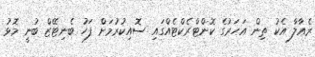
ރެއާލާ އެކު ތިން އަހަރުގެ ކޮންޓްރެކްޓެއްގައި ސޮއިކުރުމަށް ފަހު ބެނިޓޭޒް ބުނީ މޮޅު